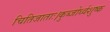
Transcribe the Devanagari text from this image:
चितिजाताः।कुब्जोर्ध्वशुष्क